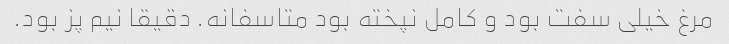
مرغ خیلی سفت بود و کامل نپخته بود متاسفانه. دقیقا نیم پز بود.